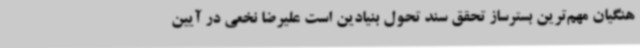
هنگیان مهم‌ترین بسترساز تحقق سند تحول بنیادین است علیرضا نخعی در آیین